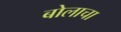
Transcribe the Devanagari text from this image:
बोलाचा